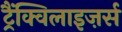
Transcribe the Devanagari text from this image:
ट्रैंक्विलाइज़र्स